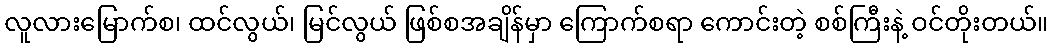
လူလားမြောက်စ၊ ထင်လွယ်၊ မြင်လွယ် ဖြစ်စအချိန်မှာ ကြောက်စရာ ကောင်းတဲ့ စစ်ကြီးနဲ့ ဝင်တိုးတယ်။